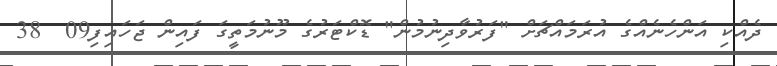
ދެއްކި އަންހެނެއްގެ އުރަމައްޗަށް "ފަރުވާދިނުމުން" ޑޮކްޓަރުގެ މޫނުމަތީގަ ފައިން ޖަހައިފި09  38